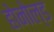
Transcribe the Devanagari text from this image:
होनोल्ड